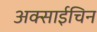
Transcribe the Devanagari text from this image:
अक्साईचिन